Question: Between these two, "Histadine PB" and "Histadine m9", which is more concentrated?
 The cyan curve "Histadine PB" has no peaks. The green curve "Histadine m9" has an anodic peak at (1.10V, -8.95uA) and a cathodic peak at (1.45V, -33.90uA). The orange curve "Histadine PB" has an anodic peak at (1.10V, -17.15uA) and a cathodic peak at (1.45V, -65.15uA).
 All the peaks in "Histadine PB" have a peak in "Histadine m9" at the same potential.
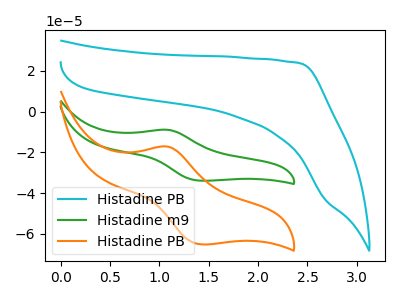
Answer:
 <answer>I cant tell if "Histadine PB" or "Histadine m9" has higher concentration.</answer>
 <eval>mixed_concentration</eval>